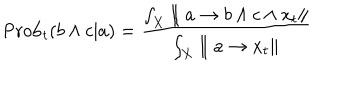
\mathrm { P r o b } _ { t } ( b \wedge c | a ) = { \frac { \int _ { X } \parallel a \rightarrow b \wedge c \wedge x _ { t } \parallel } { \int _ { X } \parallel a \rightarrow x _ { t } \parallel } }